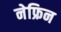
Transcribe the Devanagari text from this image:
नेफ्रिन